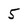
Character: 5